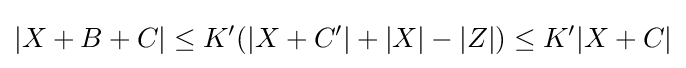
|X+B+C|\leq K'(|X+C'|+|X|-|Z|)\leq K'|X+C|